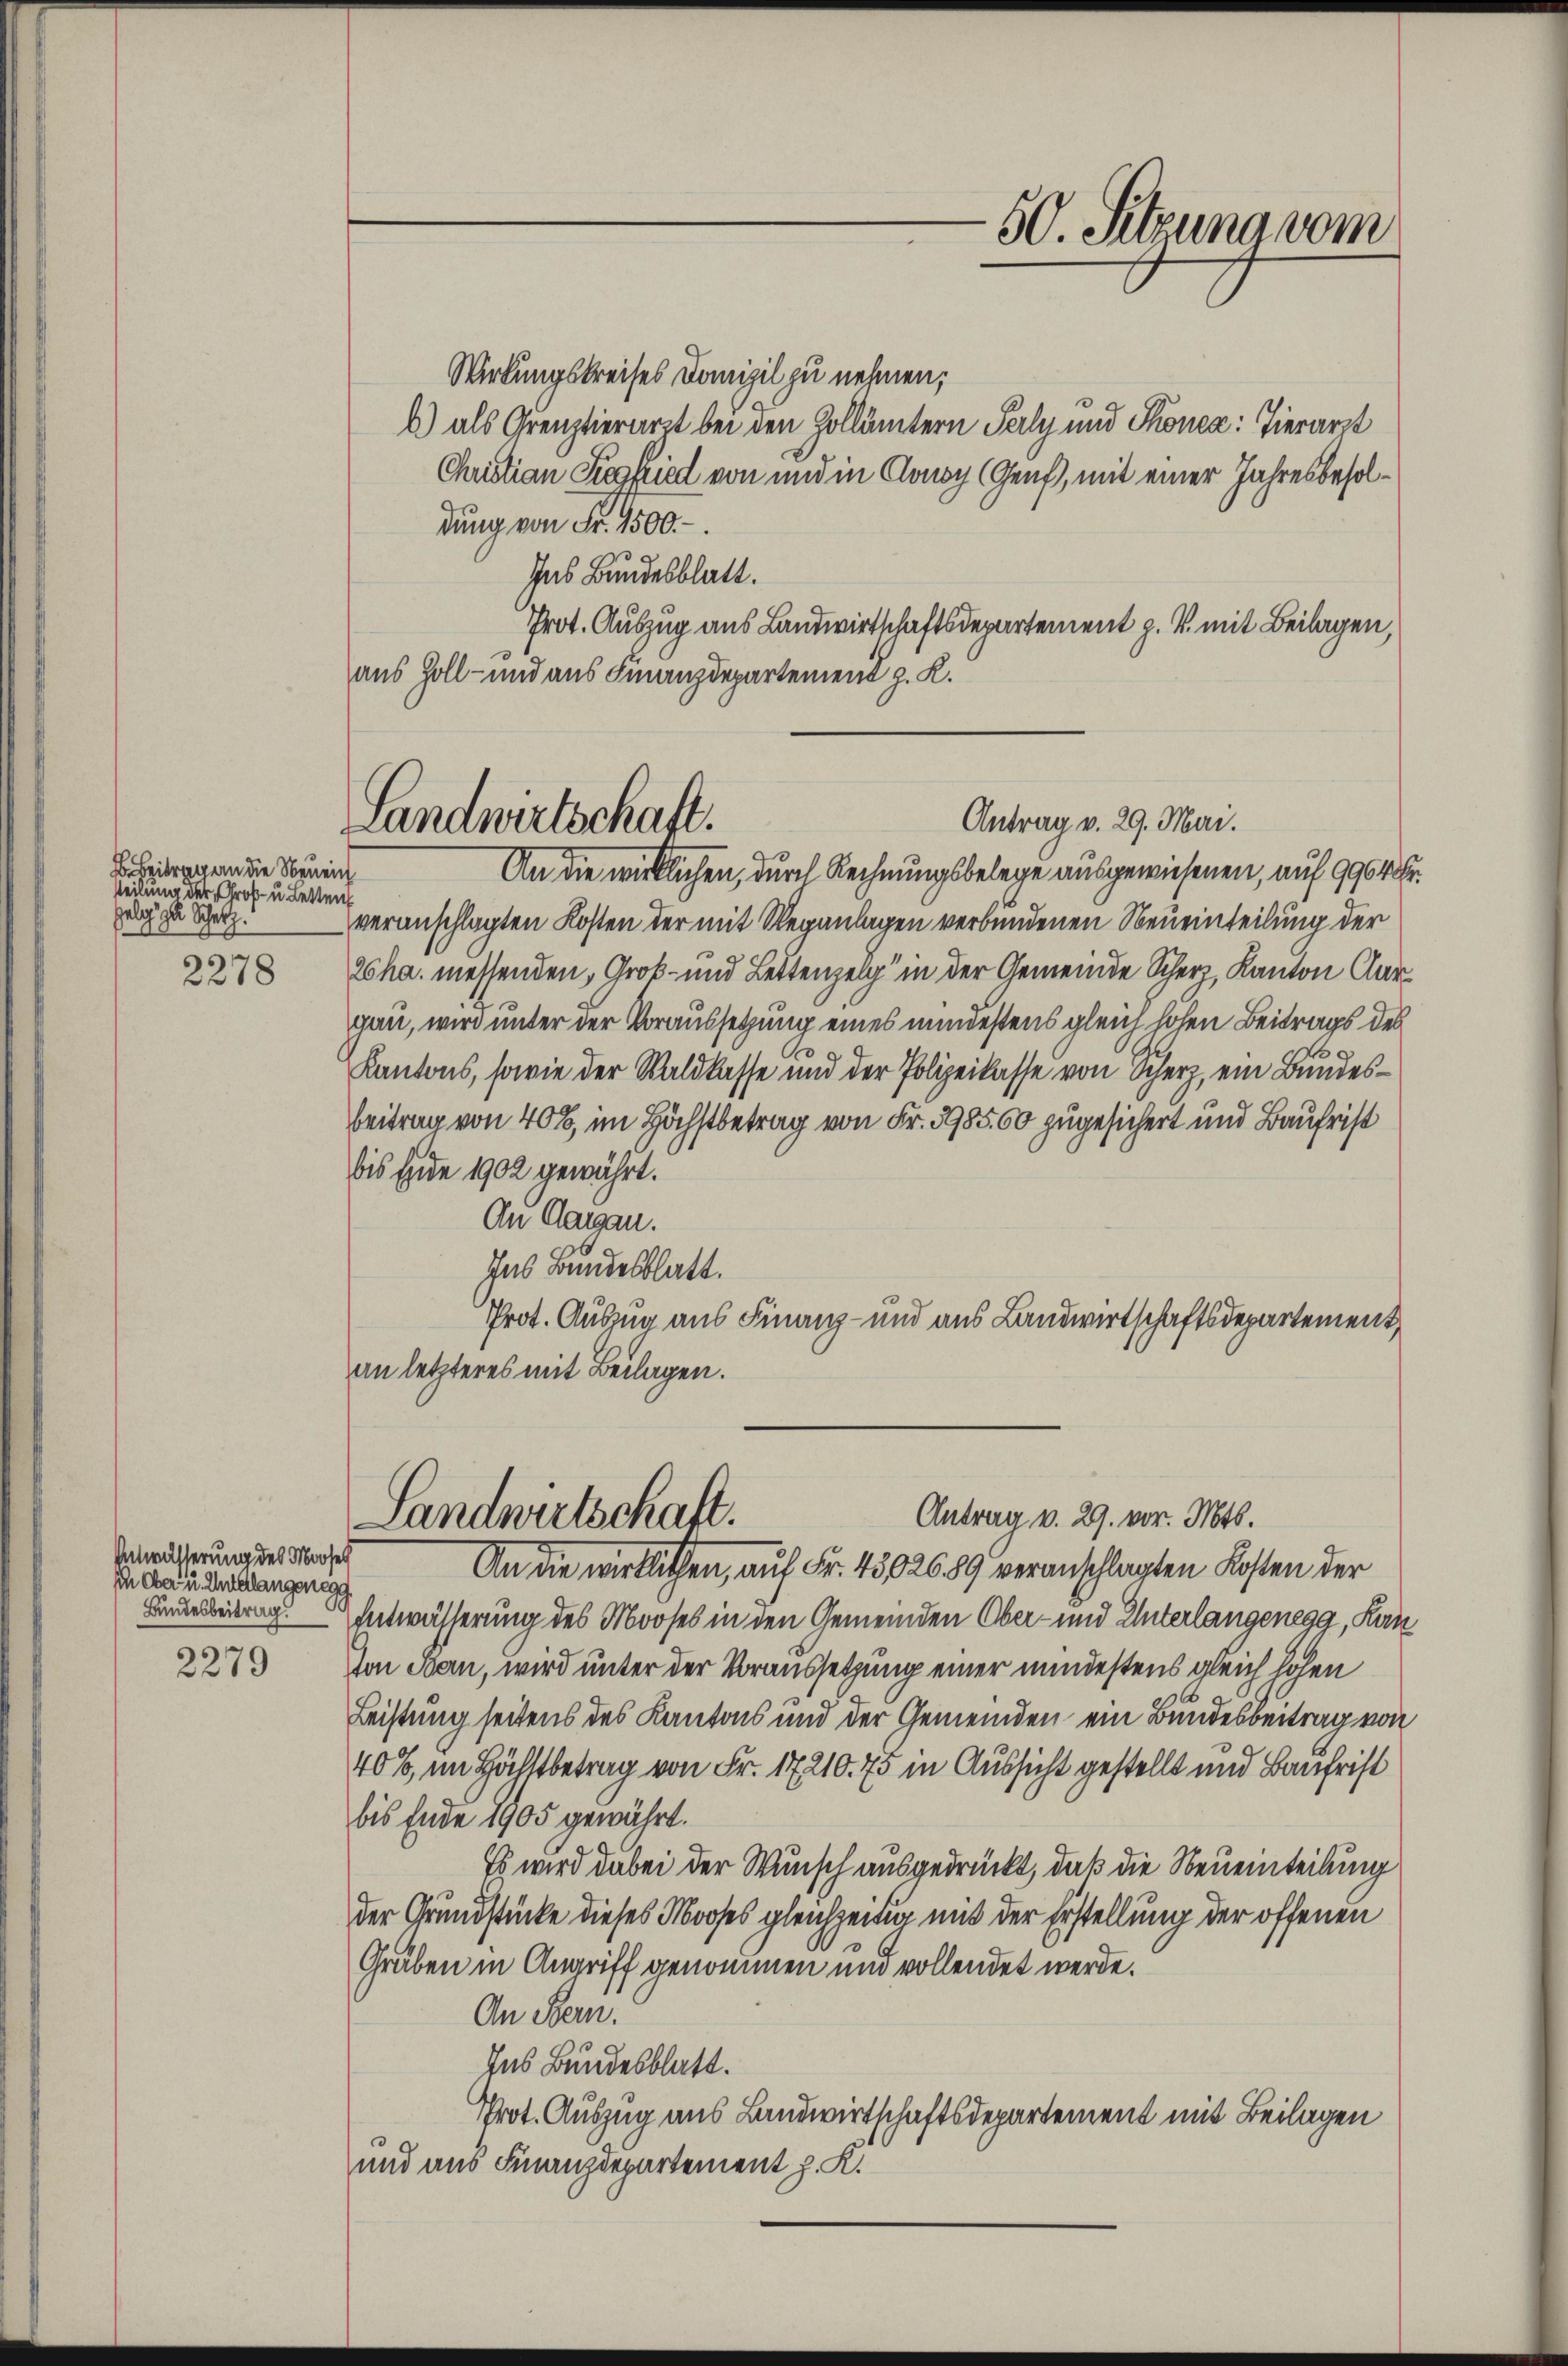
2278

2279

Beitrag an die Neuen
Teilung der Groß u. Letten
Gelg zu Schatz.

Entwässerung des Moosel
Ich da u. Unterlangsneg

Landwirtschaft.

An die wirklichen, durch Rechnungsbelege ausgewiesenen, auf 9964 Fr.
veranschlagten Kosten der mit Weganlagen verbundenen Neueinteilung der
2cha messenden Groß- und Lettenzelg“ in der Gemeinde Scherz, Kanton Aargau, wird unter der Voraussetzung eines mindestens gleich hohen Beitrags des
Kantons, sowie der Waldkasse und der Polizeikasse von Scherz, ein Bundesbeitrag von 40%, im Höchstbetrag von Fr. 1985,60 zugesichert und Baufrist
bis Ende 1902 gewährt.
An Aargau.
Ins Bundesblatt.
Prot. Auszug aus Finanz- und aus Landwirtschaftsdepartement
an letzteres mit Beilagen.

50. Sitzuna vom

Wirkungskreises Domizil zu nehmen;
b) als Grenztierarzt bei den Hollämtern Perly und Thonea: Tierarzt
Christian Siegfried von und in Conoy (Genf, mit einer Jahresbesoldung von Fr. 1500.-.
Ins Bundesblatt.
Prot. Auszug aus Landwirtschaftsdepartement z. B. mit Beilagen,
aus Zoll- und aus Finanzdepartement z. K.

Antrag v. 29. Mai.

Antrag v. 29. vor. Mts.
Landwirtschaft.
An die wirklichen, auf Fr. 4502689 veranschlagten Kosten der

Linderbeitrag. Entwässerung des Mooses in den Gemeinden Ober- und Unterlangenegg, Kan
ton Bau, wird unter der Voraussetzung einer mindestens gleich hohen
Leistung seitens des Kantons und der Gemeinden ein Bundesbeitrag von
40%, im Höchstbetrag von Fr. 17210. 75 in Aussicht gestellt und Baufrist
bis Ende 1905 gewährt.
Es wird dabei der Wunsch ausgedrückt, daß die Neueinteilung
der Grundstücke dieses Mooses gleichzeitig mit der Erstellung der offenen
Gruben in Angriff genommen und vollendet werde.
An Bern.
Ins Bundesblatt.
Prot. Auszug aus Landwirtschaftsdepartement mit Beilagen
und aus Finanzdepartement p. K.